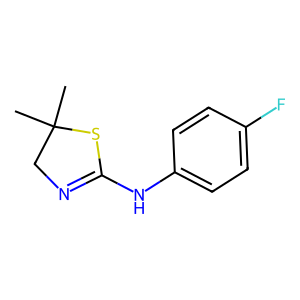
SMILES: CC1(C)CN=C(Nc2ccc(F)cc2)S1
Inhibits HIV replication: No